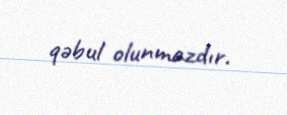
qəbul olunmazdır.